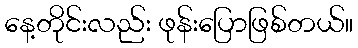
နေ့တိုင်းလည်း ဖုန်းပြောဖြစ်တယ်။